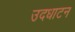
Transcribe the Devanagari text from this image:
उदधाटन